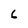
Character: 6